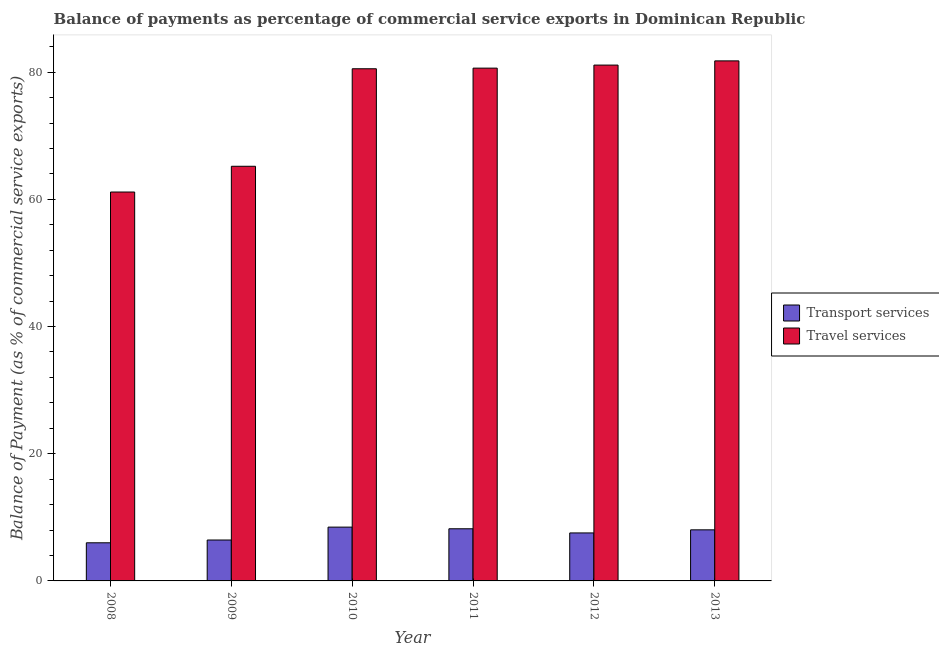
| Year | Transport services | Travel services |
 | --- | --- | --- |
 | 2008 | 5.99 | 61.1 |
 | 2009 | 6.43 | 65.2 |
 | 2010 | 8.46 | 80.5 |
 | 2011 | 8.2 | 80.6 |
 | 2012 | 7.55 | 81.1 |
 | 2013 | 8.03 | 81.8 |